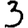
Digit: 3